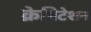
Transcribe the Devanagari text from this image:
क्रेपिटेशन